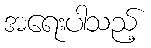
အရေးပါသည့်